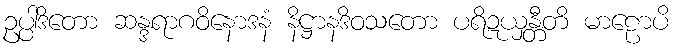
ဥပ္ပါဒိတော ဆန္ဒရာဂဝိနောဒနံ နိဋ္ဌာနဒိဝသတော ပရိဍယှန္တီတိ မာဠောပိ